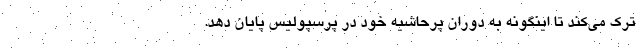
ترک می‌کند تا اینگونه به دوران پرحاشیه خود در پرسپولیس پایان دهد.